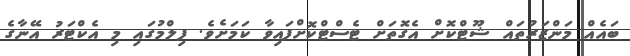
ބައެއް މަންޒަރުތައް ޝޫޓްކޮށް އެގޮތަށް ޓެސްޓްކޮށްފައިވާ ކަމަށެވެ. ފިލްމުގައި މި އެކްޓަރު އޭނާގެ